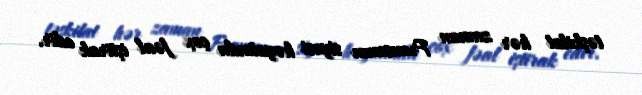
təşkilat hər zaman Fransanın siyasi həyatında çox fəal iştirak edir.